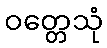
ဝတ္တေသုံ